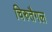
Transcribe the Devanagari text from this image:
चिरुतैगल